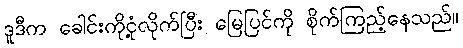
ဒူဒီက ခေါင်းကိုငုံ့လိုက်ပြီး မြေပြင်ကို စိုက်ကြည့်နေသည်။